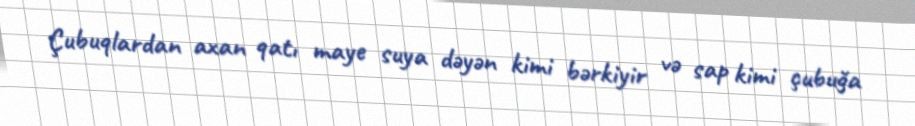
Çubuqlardan axan qatı maye suya dəyən kimi bərkiyir və sap kimi çubuğa